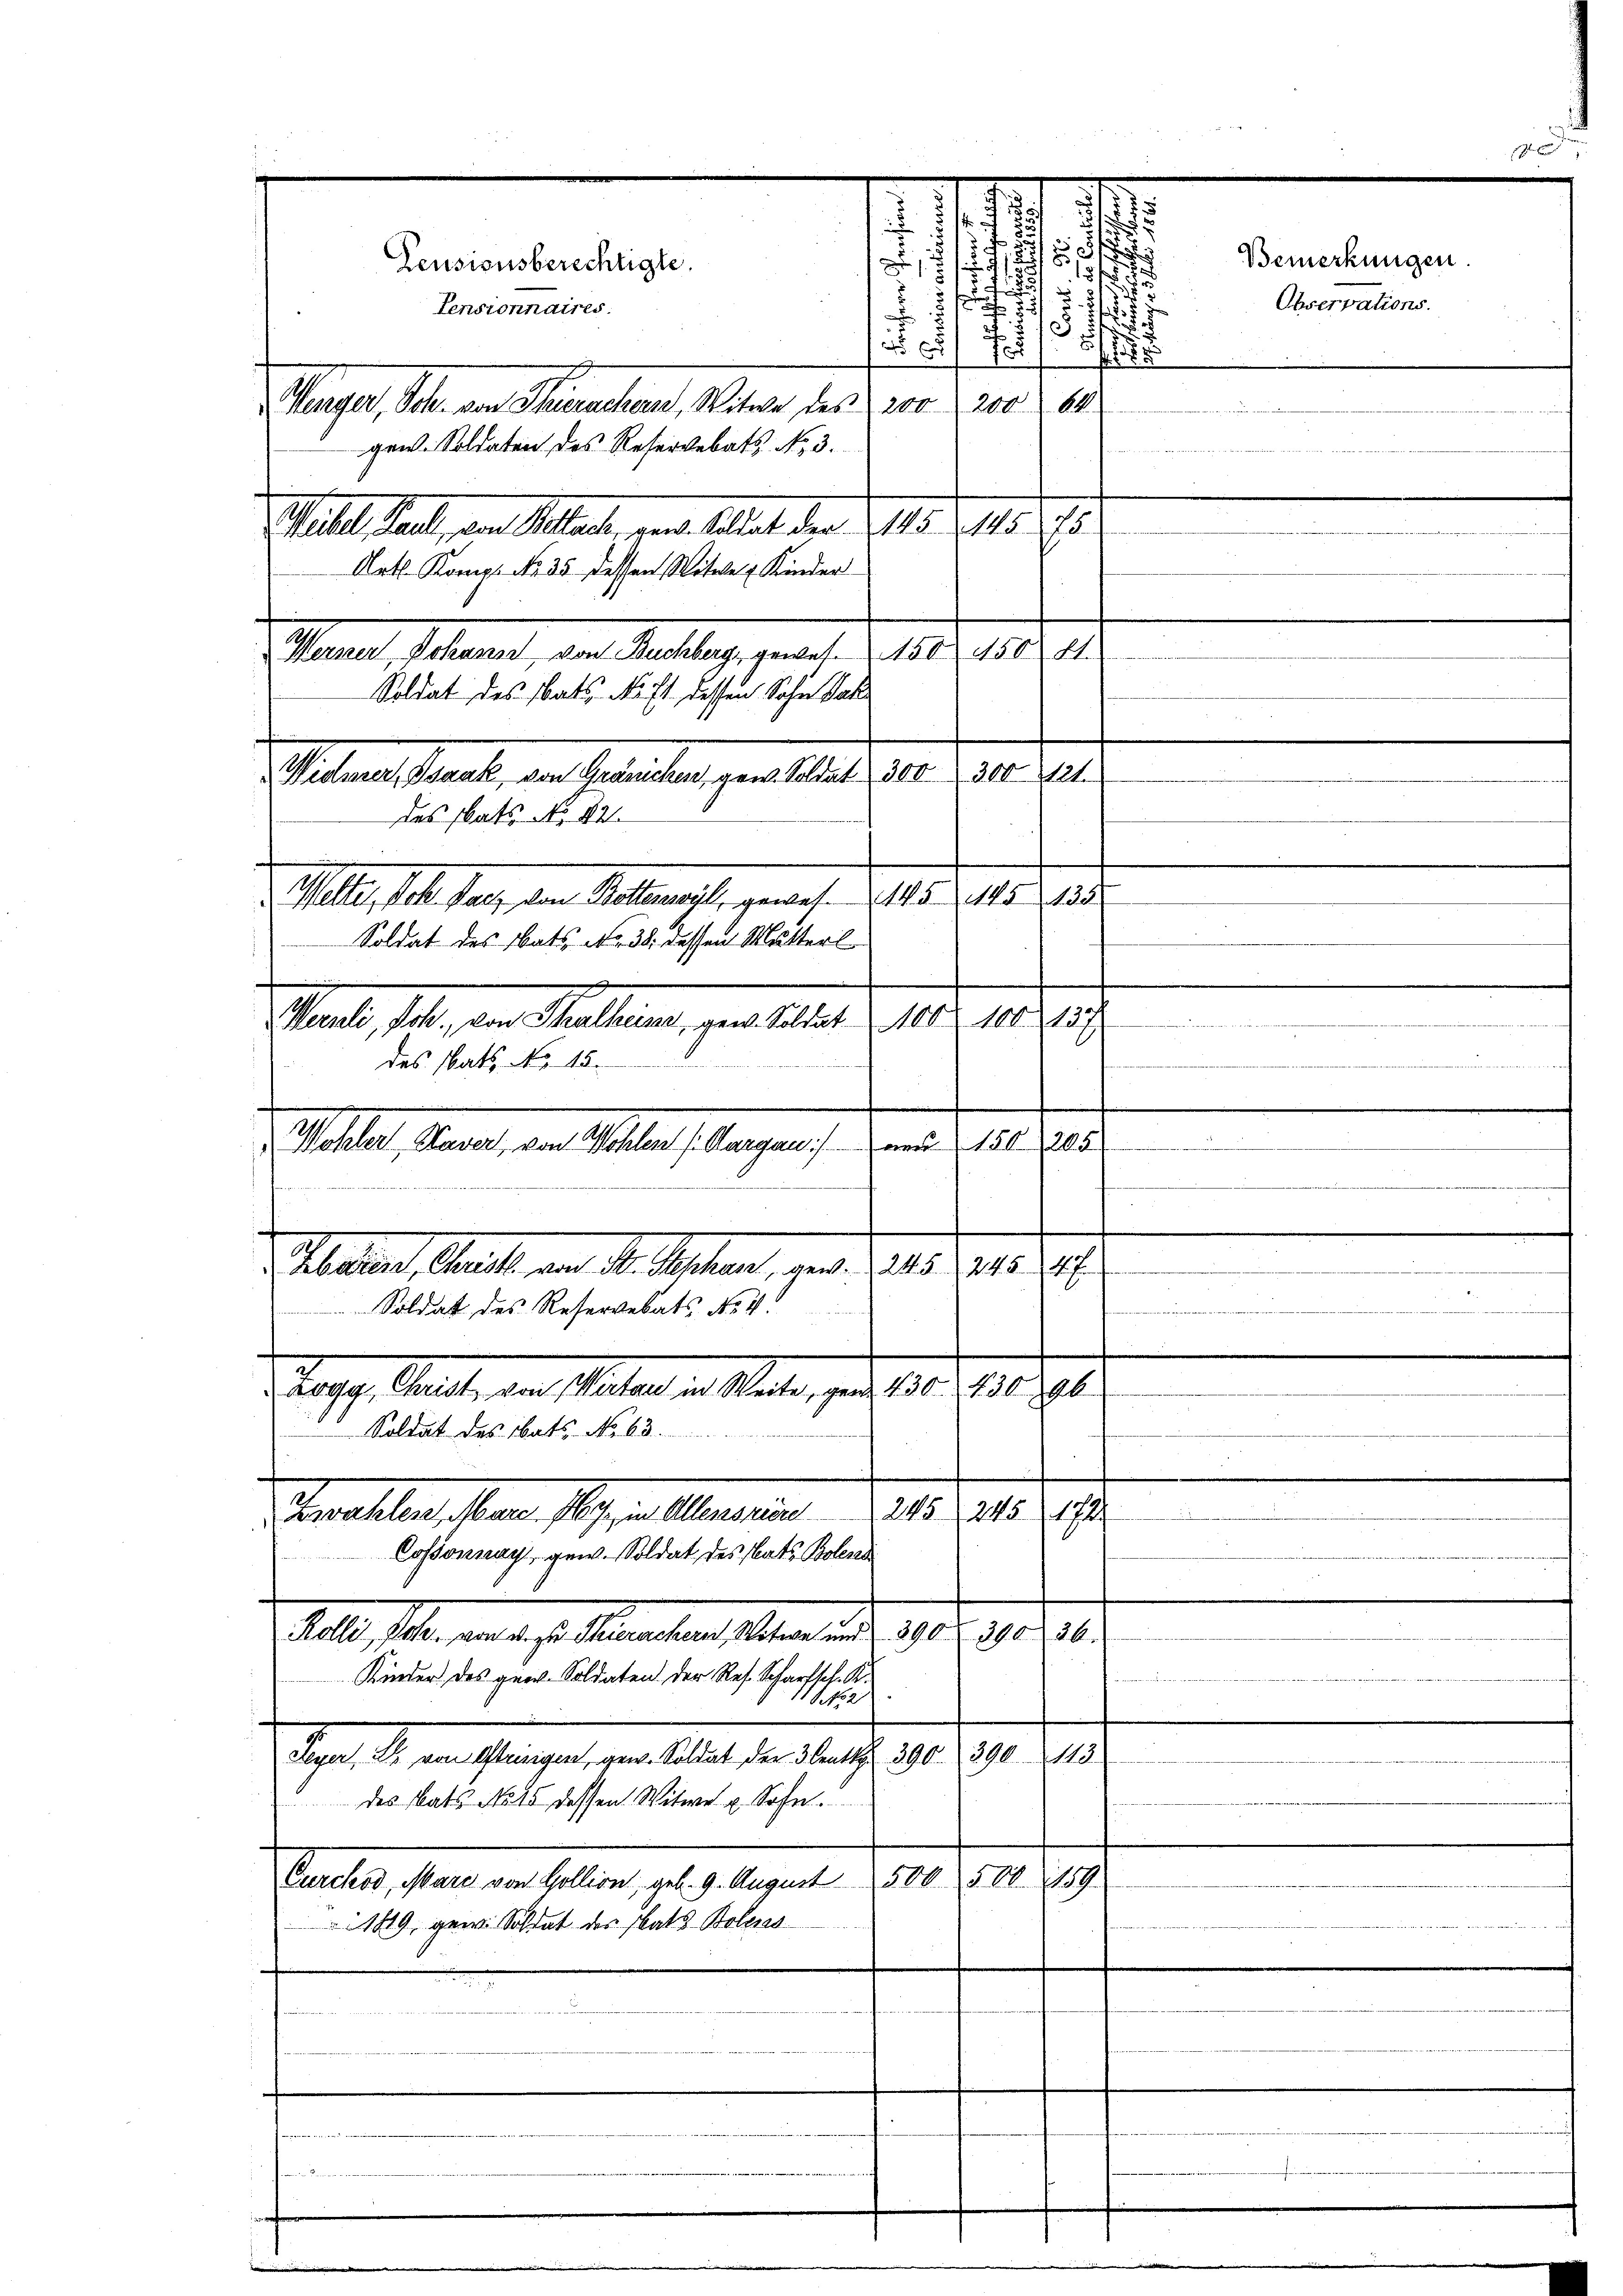
.
Wenger, Joh. von Thierachern, Witwe des 200, 200 64
gen. Soldaten des Reservebatt No. 3.
Stellt hat, von Mater gere alles der 215. 10. Fr.
Arth. Kamp No. 35 dessen Witwe Kinder
Manen, Salament der Sachlag genart. 210. 18. 41.
Soldat des Rats No 71. dessen Sohn Jak
 Wider, Isaak von Gränicken gew. Soldat 300  300 21.
des tats No 42
Pelter, Joh. Satz von Bottenwyl, gewes. 145. 1125 135.
Soldat des Rats No. 30. dessen Mutterl
09.
Stadt, habe, den Maltenen, verstellt
1
des Statt No 15.
Wohler Waser, von Wohlen (Aargau:/ und 150, 205

Patiert, Breits an Sr. Kosten, geb. 18. 215. 20.
.
Soldat des Reservebats No 4
Papp, Geist, die Mater u. Strale, pag. 1801. 1890.
Soldat des bats No 63.
245. 245 (1741
Freeselben sehen Plagen. Amerien
.
Cossonnay, gew. Soldat des stats Bolens
Selle sehen an diese Mater, Meter u. 1918. 1918.10.
Kinder des gew. Soldaten der Res. Scharfsch. K.
11 No 2
Reg. R. an Gebungen der laut der Aug. 1789. 90. 210.
des Rats No 15 dessen Witwe u. Sohn.
Curchod, Mara von Gollion, geb. 9. August 500. 500. 159
189, gew. Soldat des Rats Boleras

Peusionsberechtigte.
Pensionnaires.

i
 3
.
e
d
s
.
.

i
§10.
8
 x
u

¬

e
100. 437

Bemerkungen
Observations.

ders und leister Mindetent allen altet werden und ins